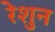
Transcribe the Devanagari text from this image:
रेशुन